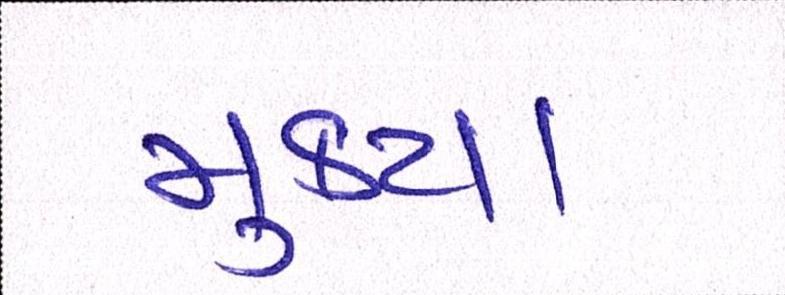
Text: મુક્યા